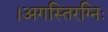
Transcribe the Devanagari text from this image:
।अगस्तिरग्निः